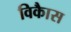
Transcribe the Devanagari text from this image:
विकाैस